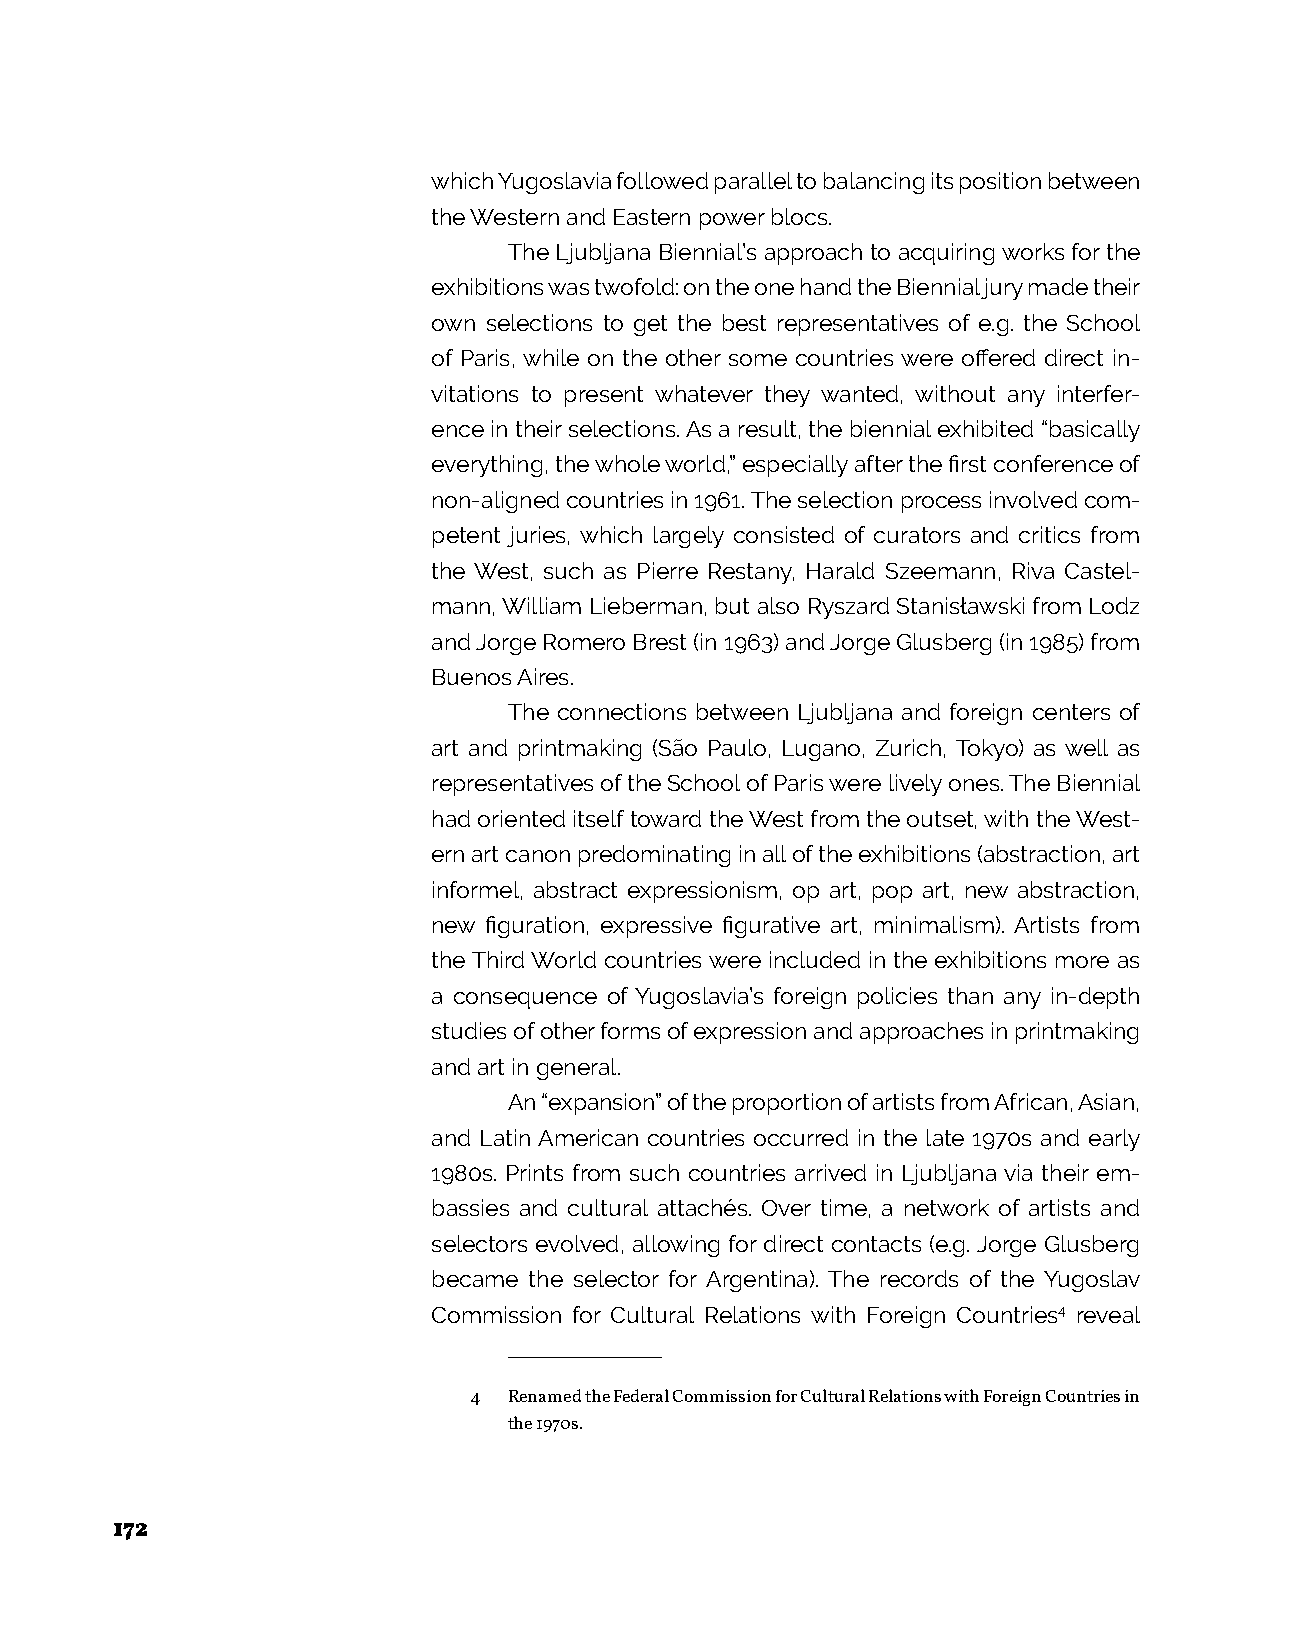
which Yugoslavia followed parallel to balancing its position between
 the Western and Eastern power blocs.
 The Ljubljana Biennial’s approach to acquiring works for the
 exhibitions was twofold: on the one hand the Biennial jury made their
 own selections to get the best representatives of e.g. the School
 of Paris, while on the other some countries were offered direct in-
 vitations to present whatever they wanted, without any interfer-
 ence in their selections. As a result, the biennial exhibited “basically
 everything, the whole world,” especially after the first conference of
 non-aligned countries in 1961. The selection process involved com-
 petent juries, which largely consisted of curators and critics from
 the West, such as Pierre Restany, Harald Szeemann, Riva Castel-
 mann, William Lieberman, but also Ryszard Stanisławski from Lodz
 and Jorge Romero Brest (in 1963) and Jorge Glusberg (in 1985) from
 Buenos Aires.
 The connections between Ljubljana and foreign centers of
 art and printmaking (São Paulo, Lugano, Zurich, Tokyo) as well as
 representatives of the School of Paris were lively ones. The Biennial
 had oriented itself toward the West from the outset, with the West-
 ern art canon predominating in all of the exhibitions (abstraction, art
 informel, abstract expressionism, op art, pop art, new abstraction,
 new figuration, expressive figurative art, minimalism). Artists from
 the Third World countries were included in the exhibitions more as
 a consequence of Yugoslavia’s foreign policies than any in-depth
 studies of other forms of expression and approaches in printmaking
 and art in general.
 An “expansion” of the proportion of artists from African, Asian,
 and Latin American countries occurred in the late 1970s and early
 1980s. Prints from such countries arrived in Ljubljana via their em-
 bassies and cultural attachés. Over time, a network of artists and
 selectors evolved, allowing for direct contacts (e.g. Jorge Glusberg
 became the selector for Argentina). The records of the Yugoslav
 Commission for Cultural Relations with Foreign Countries4 reveal
 4  Renamed the Federal Commission for Cultural Relations with Foreign Countries in
 the 1970s.
 172